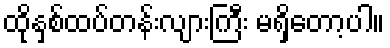
ထိုနှစ်ထပ်တန်းလျားကြီး မရှိတော့ပါ။